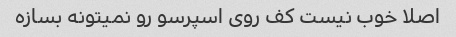
اصلا خوب نیست کف روی اسپرسو رو نمیتونه بسازه